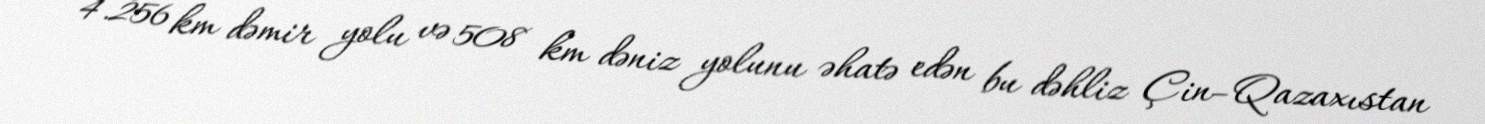
4.256 km dəmir yolu və 508 km dəniz yolunu əhatə edən bu dəhliz Çin–Qazaxıstan